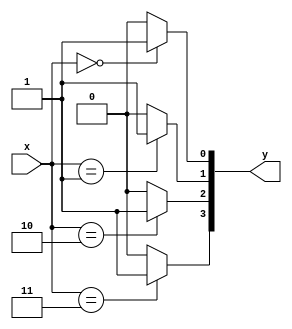
module decoder
(
	input [1:0] x,
	output [3:0] y
);
assign y[0] = ((x == 2'b00) ? 1'b1 : 1'b0);
assign y[1] = ((x == 2'b01) ? 1'b1 : 1'b0);
assign y[2] = ((x == 2'b10) ? 1'b1 : 1'b0);
assign y[3] = ((x == 2'b11) ? 1'b1 : 1'b0);
endmodule